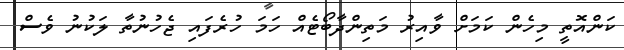
ކަންއޮތީ މިހެން ކަމަށް ވާއިރު މަތިންދާބޯޓެއް ހަމަ ހުރެފައި ޖެހުނުތާ ލަކުނު ވެސް